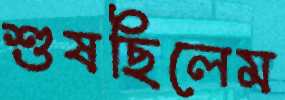
শুষছিলেম